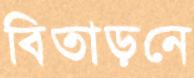
বিতাড়নে